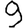
Digit: 9